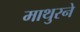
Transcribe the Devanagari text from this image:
माथुरने